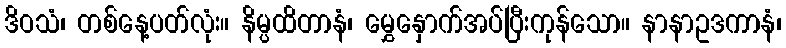
ဒိဝသံ၊ တစ်နေ့ပတ်လုံး။ နိမ္ပထိတာနံ၊ မွှေနှောက်အပ်ပြီးကုန်သော။ နာနာဥဒကာနံ၊